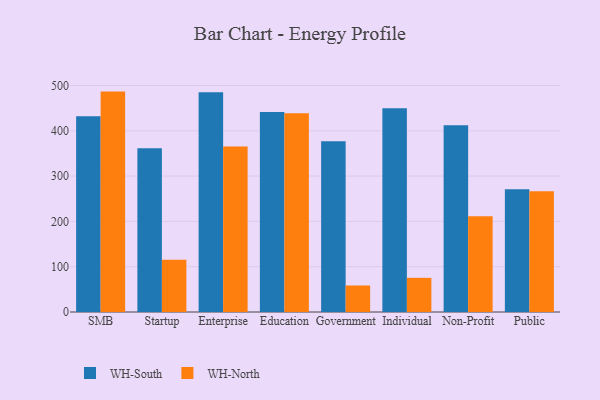
{"axis": {"x": "Segment", "y": "Waste Production (Tons)"}, "legend": ["WH-North", "WH-South"], "data": [{"x": "SMB", "y": 432.0, "type": "WH-South"}, {"x": "SMB", "y": 486.5, "type": "WH-North"}, {"x": "Startup", "y": 361.7, "type": "WH-South"}, {"x": "Startup", "y": 115.1, "type": "WH-North"}, {"x": "Enterprise", "y": 484.8, "type": "WH-South"}, {"x": "Enterprise", "y": 365.3, "type": "WH-North"}, {"x": "Education", "y": 441.6, "type": "WH-South"}, {"x": "Education", "y": 438.9, "type": "WH-North"}, {"x": "Government", "y": 377.0, "type": "WH-South"}, {"x": "Government", "y": 58.5, "type": "WH-North"}, {"x": "Individual", "y": 450.0, "type": "WH-South"}, {"x": "Individual", "y": 75.4, "type": "WH-North"}, {"x": "Non-Profit", "y": 412.3, "type": "WH-South"}, {"x": "Non-Profit", "y": 211.1, "type": "WH-North"}, {"x": "Public", "y": 271.0, "type": "WH-South"}, {"x": "Public", "y": 266.5, "type": "WH-North"}]}